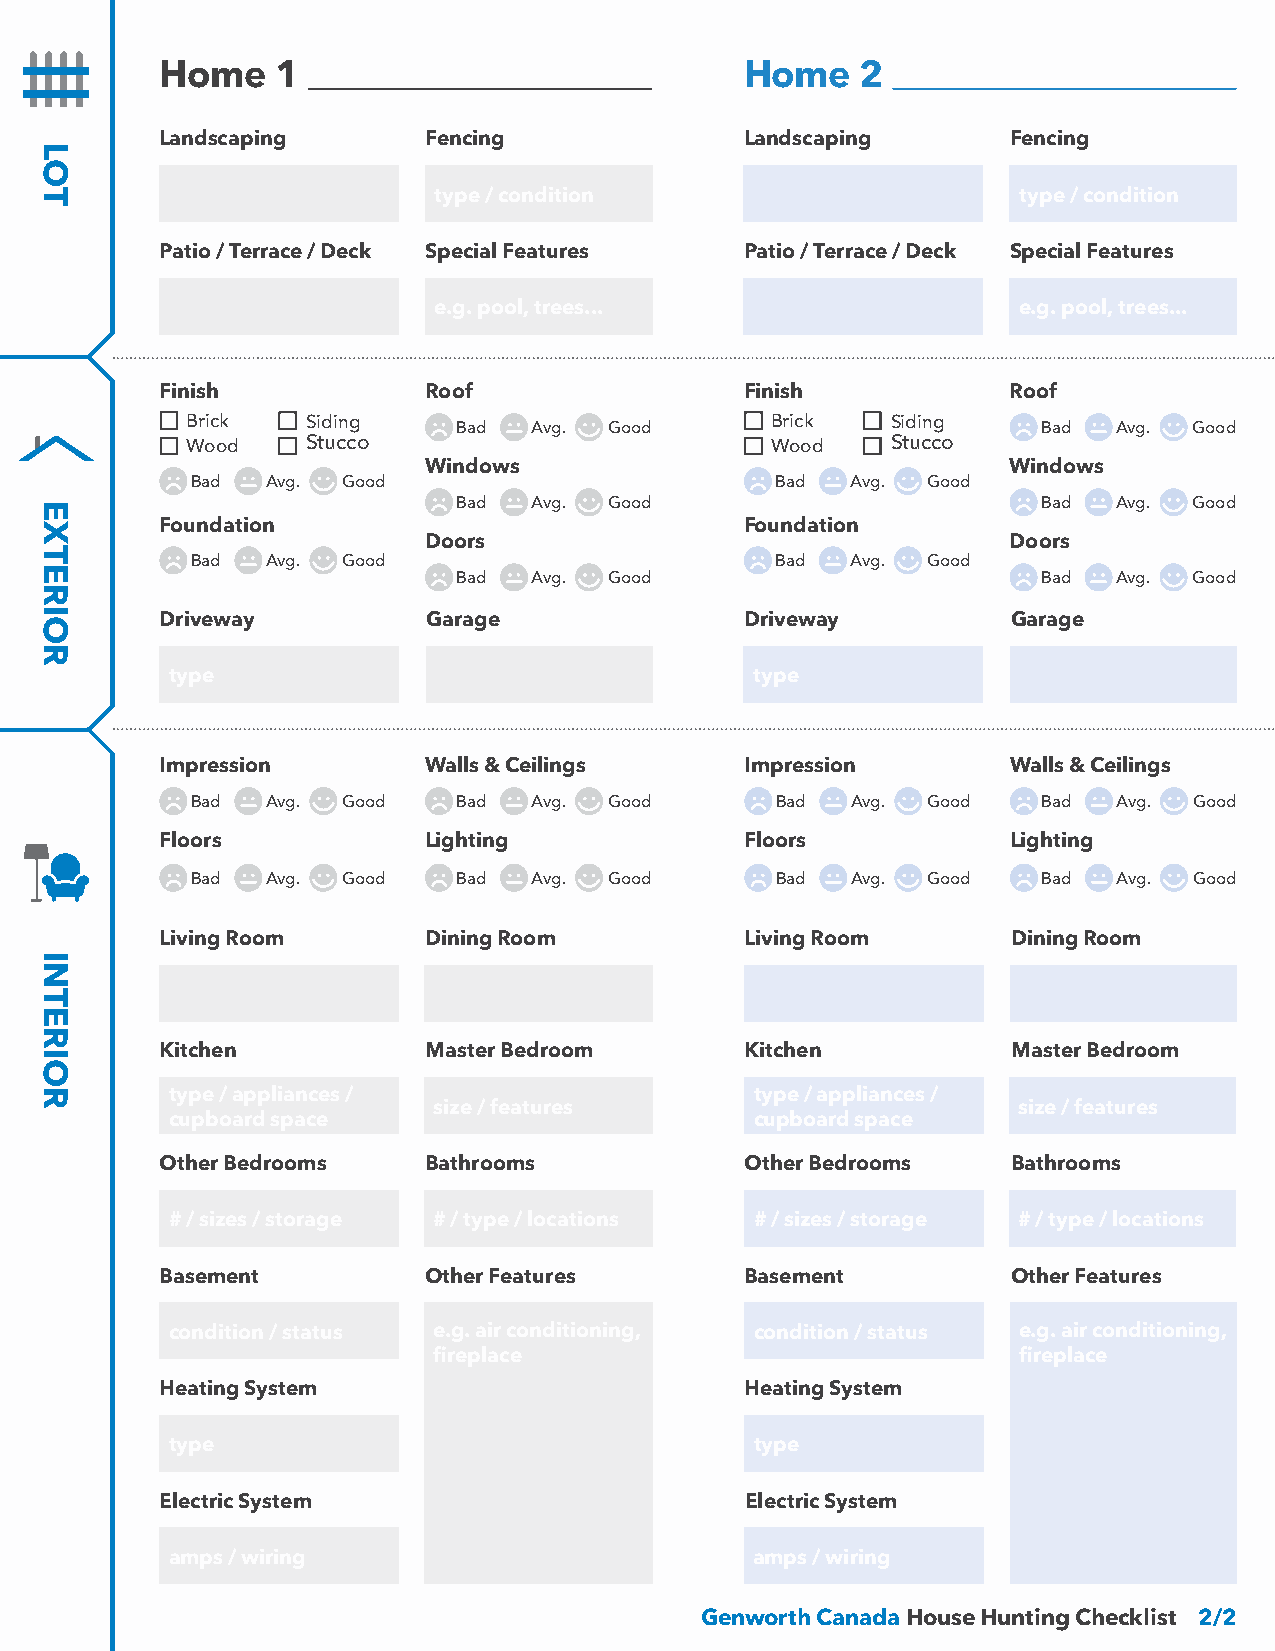
Home   1                              Home    2
 Landscaping      Fencing              Landscaping       Fencing
 type / condition                      type / condition
 Patio / Terrace / Deck Special Features Patio / Terrace / Deck Special Features
 e.g. pool, trees...                   e.g. pool, trees...
 Finish           Roof                 Finish            Roof
 Brick   Siding                         Brick   Siding
 Bad  Avg. Good                         Bad  Avg. Good
 Wood    Stucco                         Wood    Stucco
 Windows                                Windows
 Bad  Avg. Good                        Bad  Avg. Good
 Bad  Avg. Good                         Bad  Avg. Good
 Foundation                            Foundation
 Doors                                  Doors
 Bad  Avg. Good                        Bad  Avg. Good
 Bad  Avg. Good                         Bad  Avg. Good
 Driveway         Garage               Driveway          Garage
 type                                   type
 Impression       Walls & Ceilings     Impression        Walls & Ceilings
 Bad  Avg. Good   Bad  Avg. Good       Bad  Avg. Good    Bad  Avg. Good
 Floors           Lighting             Floors            Lighting
 Bad  Avg. Good   Bad  Avg. Good       Bad  Avg. Good    Bad  Avg. Good
 Living Room      Dining Room          Living Room       Dining Room
 Kitchen          Master Bedroom       Kitchen           Master Bedroom
 type / appliances /                    type / appliances /
 size / features                       size / features
 cupboard space                         cupboard space
 Other Bedrooms   Bathrooms            Other Bedrooms    Bathrooms
 # / sizes / storage # / type / locations # / sizes / storage # / type / locations
 Basement         Other Features       Basement          Other Features
 condition / status e.g. air conditioning, condition / status e.g. air conditioning,
 fireplace                             fireplace
 Heating System                        Heating System
 type                                   type
 Electric System                       Electric System
 amps / wiring                          amps / wiring
 Genworth Canada House Hunting Checklist 2/2
 LOT
 EXTERIOR
 INTERIOR